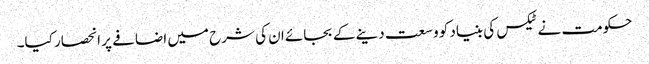
حکومت نے ٹیکس کی بنیاد کو وسعت دینے کے بجائے ان کی شرح میں اضافے پر انحصار کیا۔